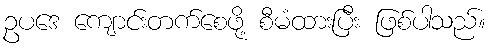
ဥပဒေ ကျောင်းတက်စေဖို့ စီမံထားပြီး ဖြစ်ပါသည်။